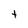
Character: t